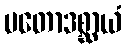
ပတောဒစ္ဆာယံ